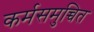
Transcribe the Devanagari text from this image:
कर्मसमुच्चित